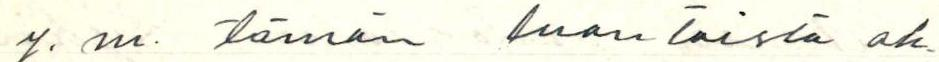
y. m. tämän luontaista oh-